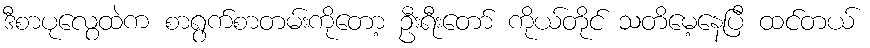
ဒီစာပုလွေထဲက စာရွက်စာတမ်းကိုတော့ ဦးရီးတော် ကိုယ်တိုင် သတိမေ့နေပြီ ထင်တယ်